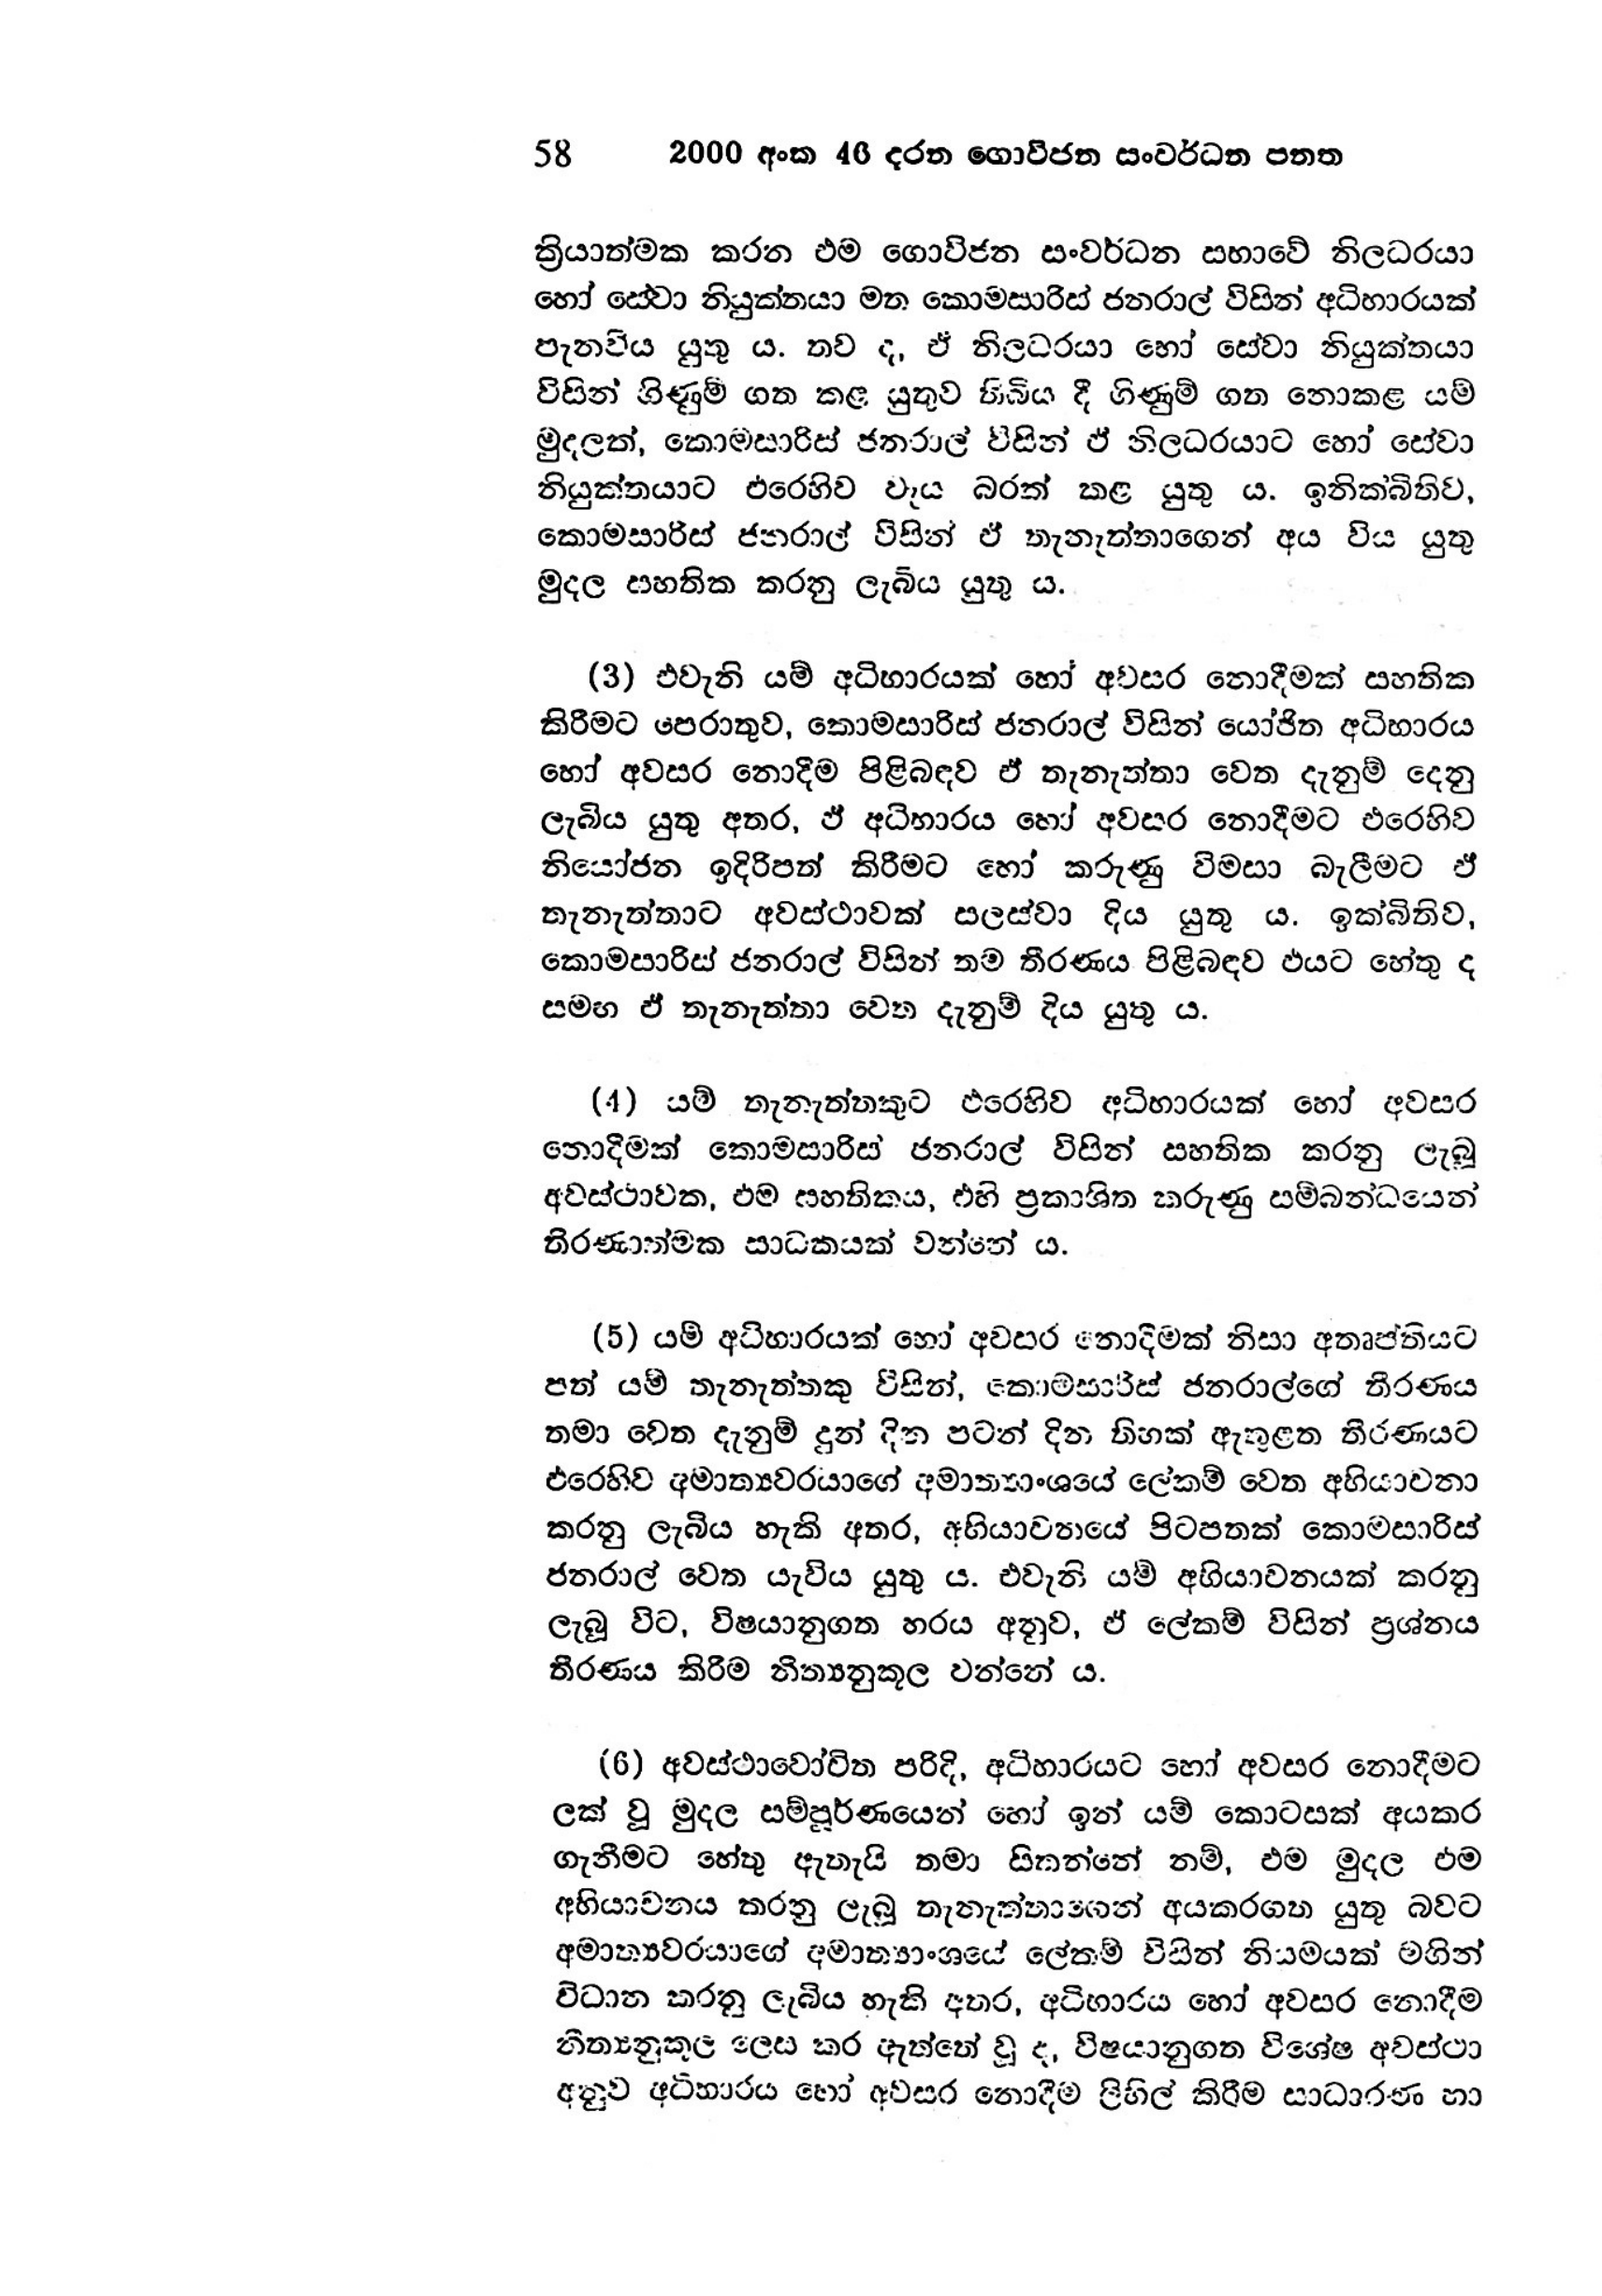
58 2000 අංක 46 දරන ගොවිජන සංවර්ධන පනත

ක්‍රියාත්මක කරන එම ගොවිජන සංවර්ධන සභාවේ නිලධරයා
හෝ සේවා නියුක්තයා මත කොමසාරිස් ජනරාල් විසින් අධිහාරයක්
පැනවිය යුතු ය. තව ද, ඒ නිලධරයා හෝ සේවා නියුක්තයා
විසින් ගිණුම් ගත කළ යුතුව තිබිය දී ගිණුම් ගත නොකළ යම්
මුදලත්, කොමසාරිස් ජනරාල් විසින් ඒ තිලධරයාට හෝ සේවා
නියුක්තයාට එරෙහිව වෑය බරක් කළ යුතු ය. ඉනික්බිතිව,
කොමසාරිස් ජනරාල් විසින් ඒ තැනැත්තාගෙන් අය විය යුතු
මුදල පහතික කරනු ලැබිය යුතු ය.

(3) එවැනි යම් අධිභාරයක් හෝ අවසර නොදීමක් සහතික
කිරීමට පෙරාතුව, කොමසාරිස් ජනරාල් විසින් යෝජිත අධිභාරය
හෝ අවසර නොදීම පිළිබඳව ඒ තැනැත්තා වෙත දැනුම් දෙනු
ලැබිය යුතු අතර, ඵ් අධිහාරය හෝ අවසර නොදීමට එරෙහිව
නියෝජන ඉදිරිපත් කිරීමට හෝ කරුණු විමසා බැලීමට ඒ
තැනැත්තාට අවස්ථාවක් සලස්වා දිය යුතු ය. ඉක්බිතිව,
කොමසාරිස් ජනරාල් විසින් තම තීරණය පිළිබඳව එයට හේතු ද
සමඟ ඒ තැනැත්තා වෙත දැනුම් දිය යුතු ය.

(4) යම් තැනැත්තකුට එරෙහිව අධිහාරයක් හෝ අවසර
තොදීමක් කොමසාරිස් ජනරාල් විසින් සහතික කරනු ලැබූ
අවස්ථාවක, එම සහතිකය, එහි ප්‍රකාශිත කරුණු සම්බන්ධයෙන්
තිරණාත්මක සාධකයක් වන්නේ ය.

(5) යම් අධිහාරයක් හෝ අවසර නොදීමක් නිසා අතෘප්තියට
පත් යම් තැනැත්තකු විසින්, කොම්සාරිස් ජනරාල්ගේ නිරණය
තමා වෙත දැනුම් දුන් දින පටන් දින තිහක් ඇතුළත තිරණයට
එරෙහිව අමාත්‍යවරයාගේ අමාත්‍යාංශයේ ලේකම් වෙත අභියාචනා
කරනු ලැබිය හැකි අතර, අභියාචනයේ පිටපතක් කොමසාරිස්
ජනරාල් වෙත යැවිය යුතු ය. එවැනි යම් අභියාචනයක් කරනු
ලැබූ විට, විෂයානුගත හරය අනුව, ඒ ලේකම් විසින් ප්‍රශ්නය
තීරණය කිරීම නීත්‍යනුකූල වන්නේ ය.

(6) අවස්ථාවෝචිත පරිදි, අධිහාරයට හෝ අවසර නොදීමට
ලක් වූ මුදල සම්පූර්ණයෙන් හෝ ඉන් යම් කොටසක් අයකර
ගැනීමට හේතු ඇතැයි තමා සිතන්නේ නම්, එම මුදල එම
අභියාචනය කරනු ලැබූ තැනැත්තාගෙන් අයකරගත යුතු බවට
අමාත්‍යවරයාගේ අමාත්‍යාංශයේ ලේකම් විසින් නියමයක් මගින්
විධාන කරනු ලැබිය හැකි අතර, අධිභාරය හෝ අවසර නොදීම
නීත්‍යනුකූල ලෙස කර ඇත්තේ වූද, විෂයානුගත විශේෂ අවස්ථා
අනුව අධිහාරය හෝ අවසර නොදීම ලිහිල් කිරීම සාධාරණ හා